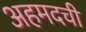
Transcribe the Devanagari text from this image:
अहमदची